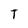
Character: T